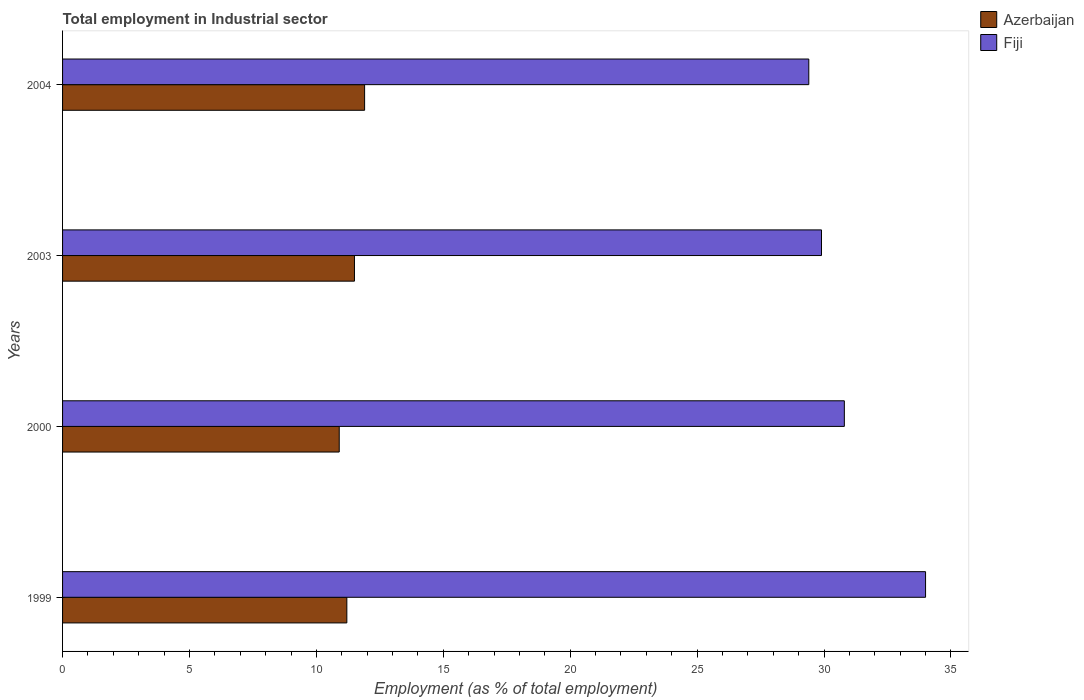
| Years | Azerbaijan | Fiji |
 | --- | --- | --- |
 | 1999 | 11.2 | 34 |
 | 2000 | 10.9 | 30.8 |
 | 2003 | 11.5 | 29.9 |
 | 2004 | 11.9 | 29.4 |